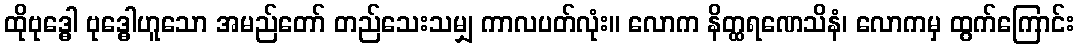
ထိုဗုဒ္ဓေါ ဗုဒ္ဓေါဟူသော အမည်တော် တည်သေးသမျှ ကာလပတ်လုံး။ လောက နိတ္ထရဏေသိနံ၊ လောကမှ ထွက်ကြောင်း